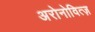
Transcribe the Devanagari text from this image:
अरोनोवित्ज़